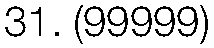
31. (99999)